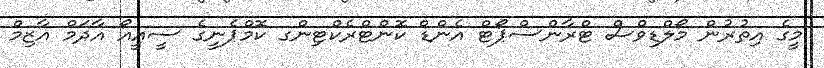
މީގެ އިތުރުން މޯލްޑިވްސް ޓްރާންސްޕޯޓް އެންޑް ކޮންޓްރެކްޓިންގ ކޮމްޕެނީގެ ސީއީއޯ އާދަމް އާޒިމް